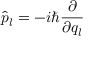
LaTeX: \hat { p } _ { l } = - i \hbar \frac { \partial } { \partial q _ { l } }